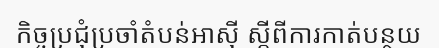
កិច្ចប្រជុំប្រចាំតំបន់អាស៊ី ស្តីពីការកាត់បន្ថយ